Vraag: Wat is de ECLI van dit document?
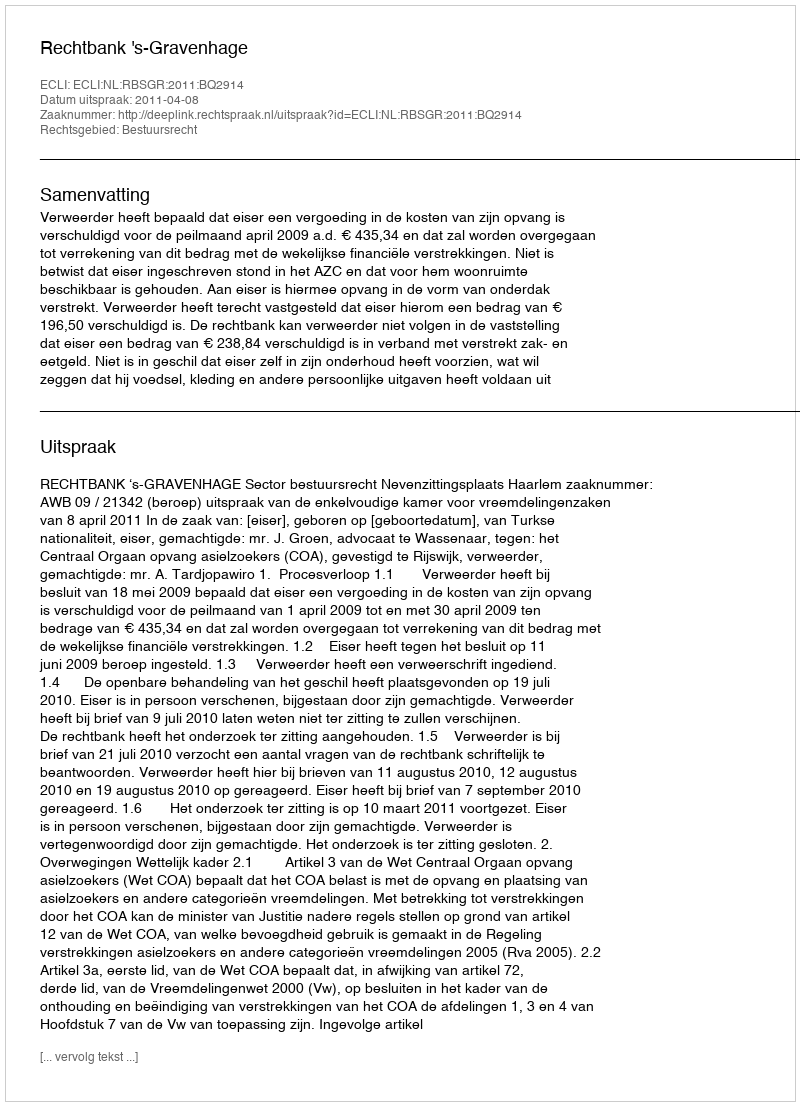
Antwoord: ECLI:NL:RBSGR:2011:BQ2914